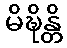
မိဍ္ဎိန္တိ